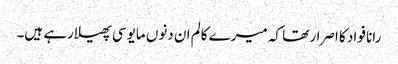
رانا فواد کا اصرار تھا کہ میرے کالم ان دنوں مایوسی پھیلارہے ہیں۔